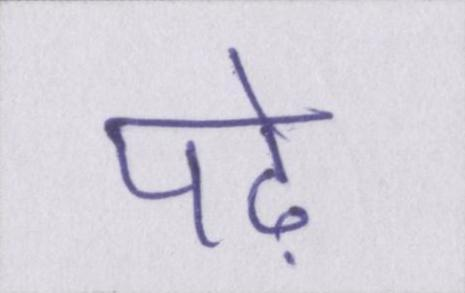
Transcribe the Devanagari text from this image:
पढ़े